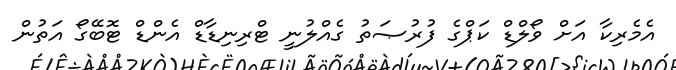
އެމެރިކާ އަށް ވޯލްޑް ކަޕްގެ ފުރުޞަތު ގެއްލުނީ ޓްރިނިޑާޑް އެންޑް ޓޮބޭގޯ އަތުން